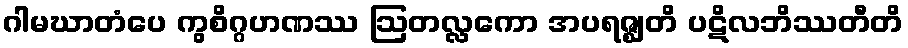
ဂါမဃာတံပေ ကွစိဂ္ဂဟဏဿ ဩတလ္လကော အပရဇ္ဈတိ ပဋိလဘိဿတီတိ